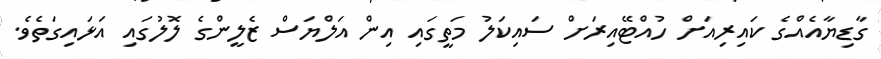
ގާޑިޔާއެއްގެ ކައިރިއަށް ހުއްޓޭއިރަށް ސައިކަލު މަތީގައި އިން އަލްޔަސް ޒެލީންގެ ލޮލުގައި އަޅައިގަތެވެ.